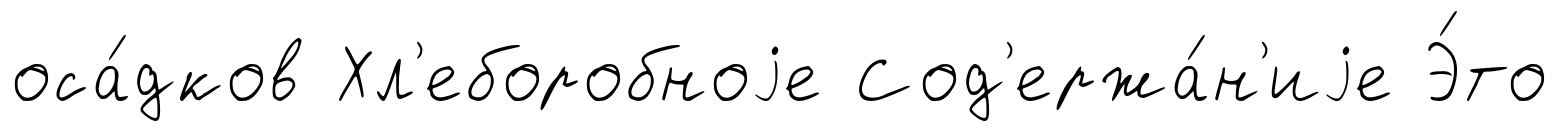
оса́дков Хл'еборобноjе Сод'ержа́н'иjе Э́то